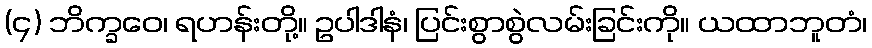
(၄) ဘိက္ခဝေ၊ ရဟန်းတို့။ ဥပါဒါနံ၊ ပြင်းစွာစွဲလမ်းခြင်းကို။ ယထာဘူတံ၊